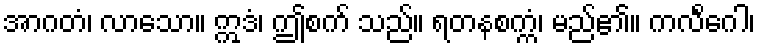
အာဂတံ၊ လာသော။ ဣဒံ၊ ဤစက် သည်။ ရတနစက္ကံ၊ မည်၏။ ကလိင်္ဂေါ၊